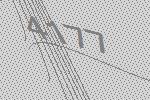
4177